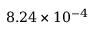
8 . 2 4 \times 1 0 ^ { - 4 }